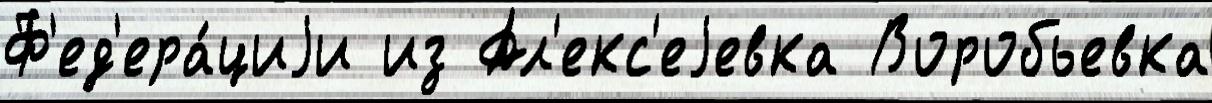
Ф'ед'ера́циjи из Ал'екс'еjевка Воробьевка